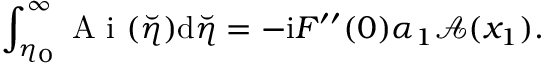
\int _ { \eta _ { 0 } } ^ { \infty } \mathrm { ~ A ~ i ~ } ( \breve { \eta } ) \mathrm { d } \breve { \eta } = - \mathrm { i } F ^ { \prime \prime } ( 0 ) \alpha _ { 1 } \mathcal { A } ( x _ { 1 } ) .